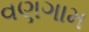
વણગામ